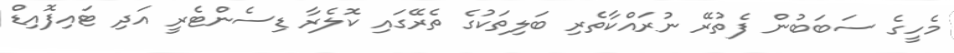
މެހީގެ ސަބަބުން ފެތުރޭ ނުރައްކާތެރި ބަލިތަކުގެ ތެރޭގައި ކޮލެރާ ޑިސެންޓެރީ އަދި ޓައިފޮއިޑް